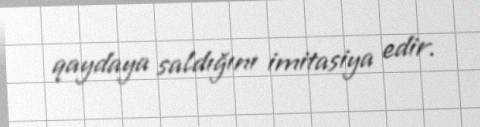
qaydaya saldığını imitasiya edir.